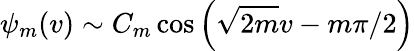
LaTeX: \psi_{m}(v)\sim C_{m}\cos\left(\sqrt{2m}v-m\pi/2\right)